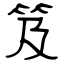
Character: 笈